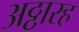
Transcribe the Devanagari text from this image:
अठ्ठारह